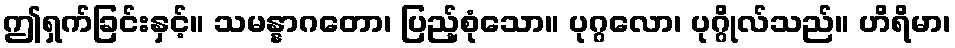
ဤရှက်ခြင်းနှင့်။ သမန္နာဂတော၊ ပြည့်စုံသော။ ပုဂ္ဂလော၊ ပုဂ္ဂိုလ်သည်။ ဟိရိမာ၊